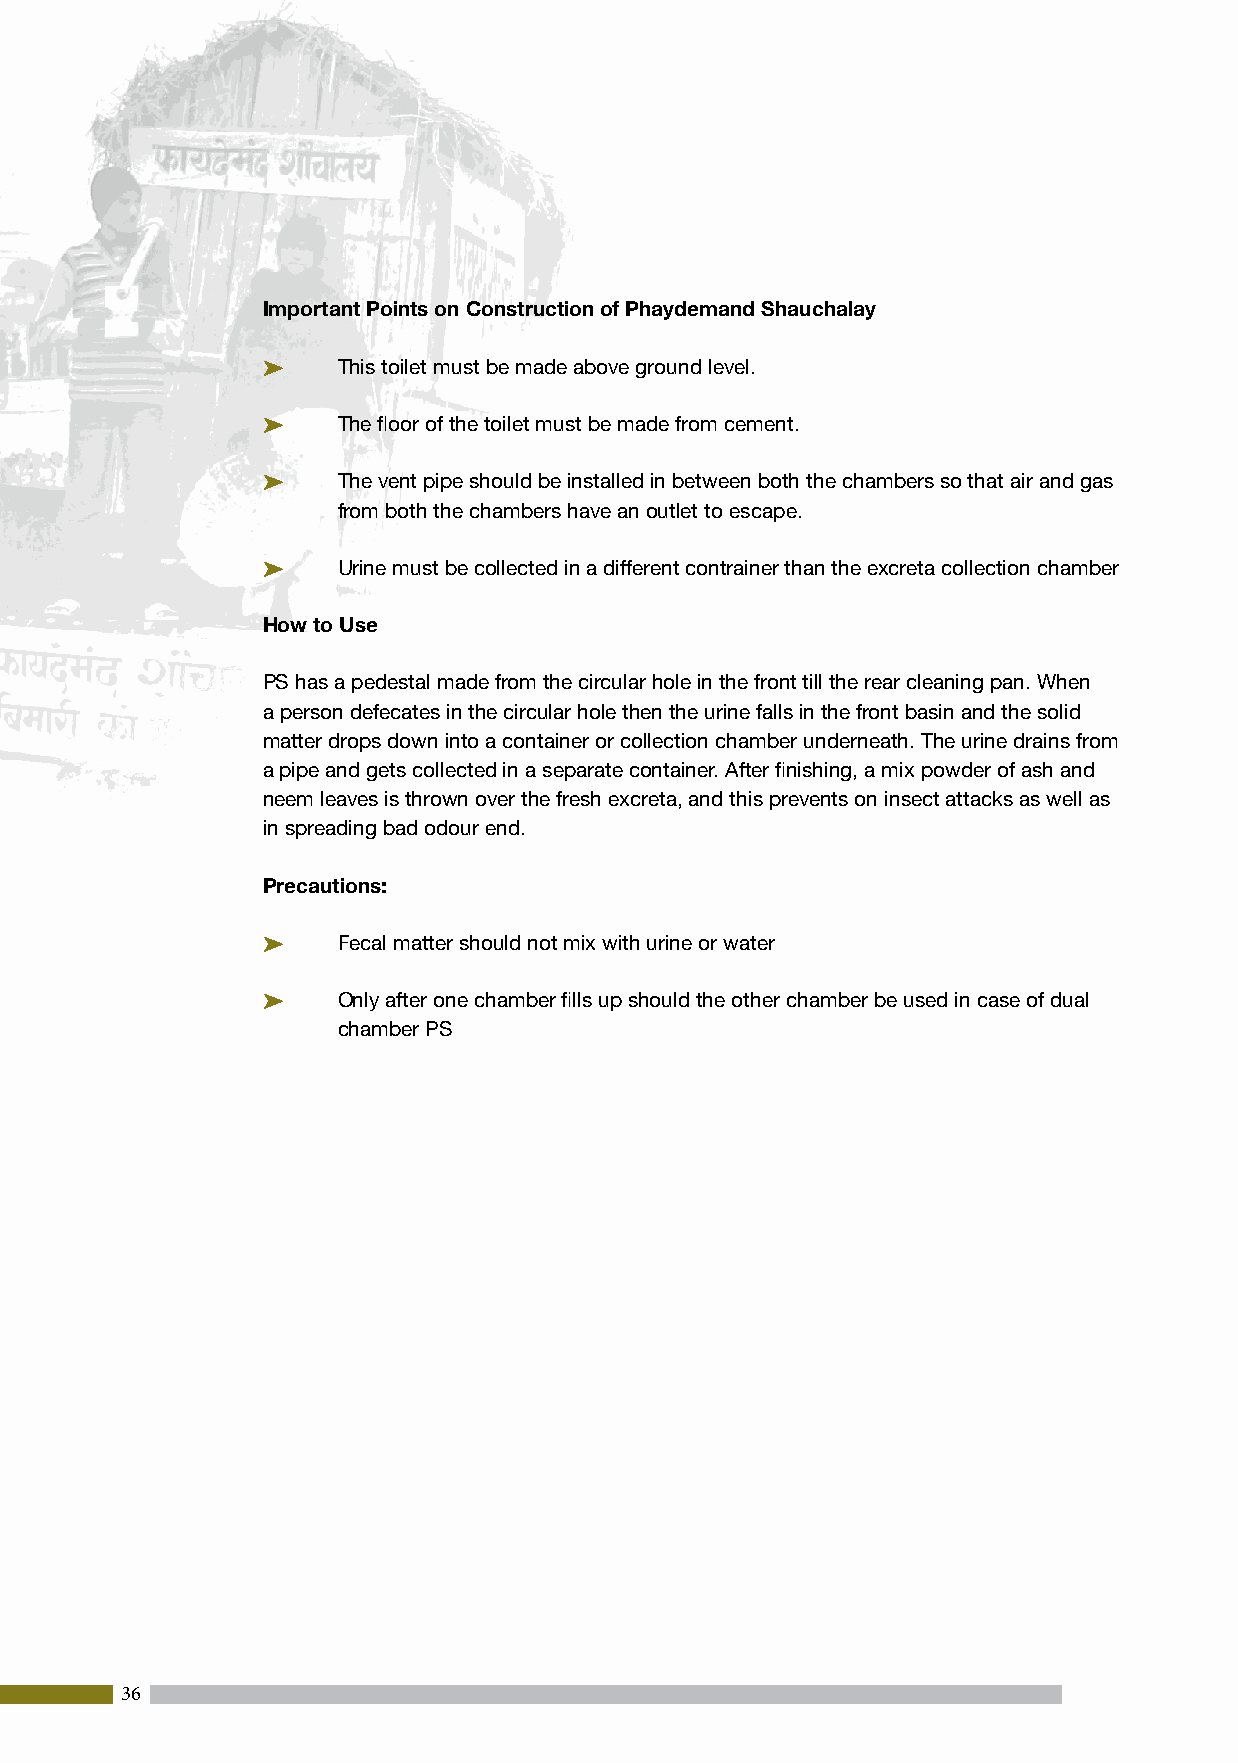
Important Points on Construction of Phaydemand Shauchalay
 PP   This toilet must be made above ground level.
 PP   The floor of the toilet must be made from cement.
 PP   The vent pipe should be installed in between both the chambers so that air and gas
 from both the chambers have an outlet to escape.
 PP   Urine must be collected in a different contrainer than the excreta collection chamber
 How to Use
 PS has a pedestal made from the circular hole in the front till the rear cleaning pan. When
 a person defecates in the circular hole then the urine falls in the front basin and the solid
 matter drops down into a container or collection chamber underneath. The urine drains from
 a pipe and gets collected in a separate container. After finishing, a mix powder of ash and
 neem leaves is thrown over the fresh excreta, and this prevents on insect attacks as well as
 in spreading bad odour end.
 Precautions:
 PP   Fecal matter should not mix with urine or water
 PP   Only after one chamber fills up should the other chamber be used in case of dual
 chamber PS
 36